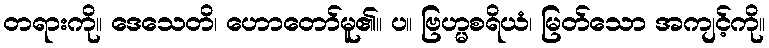
တရားကို။ ဒေသေတိ၊ ဟောတော်မူ၏။ ပ။ ဗြဟ္မစရိယံ၊ မြတ်သော အကျင့်ကို။